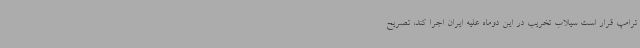
ترامپ قرار است سیلاب تخریب در این دوماه علیه ایران اجرا کند، تصریح